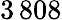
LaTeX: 3\, 808